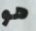
هو